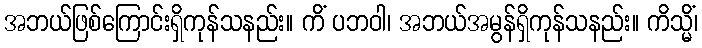
အဘယ်ဖြစ်ကြောင်းရှိကုန်သနည်း။ ကိံ ပဘဝါ၊ အဘယ်အမွန်ရှိကုန်သနည်း။ ကိသ္မိံ၊